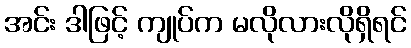
အင်း ဒါဖြင့် ကျုပ်က မလိုလားလိုရှိရင်